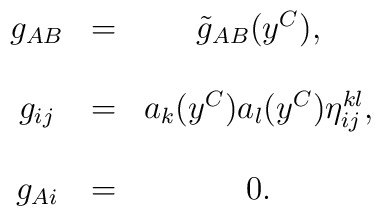
\begin{array}{ccc}g_{AB} & = & \tilde{g}_{AB}(y^{C}), \\ &  &  \\ g_{ij} & = & a_{k}(y^{C})a_{l}(y^{C})\eta _{ij}^{kl}, \\ &  &  \\ g_{Ai} & = & 0.\end{array}